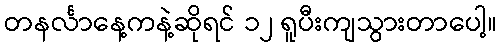
တနင်္လာနေ့ကနဲ့ဆိုရင် ၁၂ ရူပီးကျသွားတာပေါ့။